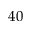
4 0